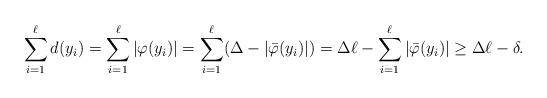
LaTeX: \begin{align*}\sum_{i=1}^\ell d(y_i) &=\sum_{i=1}^\ell |\varphi(y_i)| =\sum_{i=1}^\ell (\Delta -|\bar{\varphi}(y_i)|) =\Delta \ell -\sum_{i=1}^\ell|\bar{\varphi}(y_i) | \ge \Delta \ell -\delta. \end{align*}